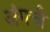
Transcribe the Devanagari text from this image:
अंगची